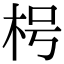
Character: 枵